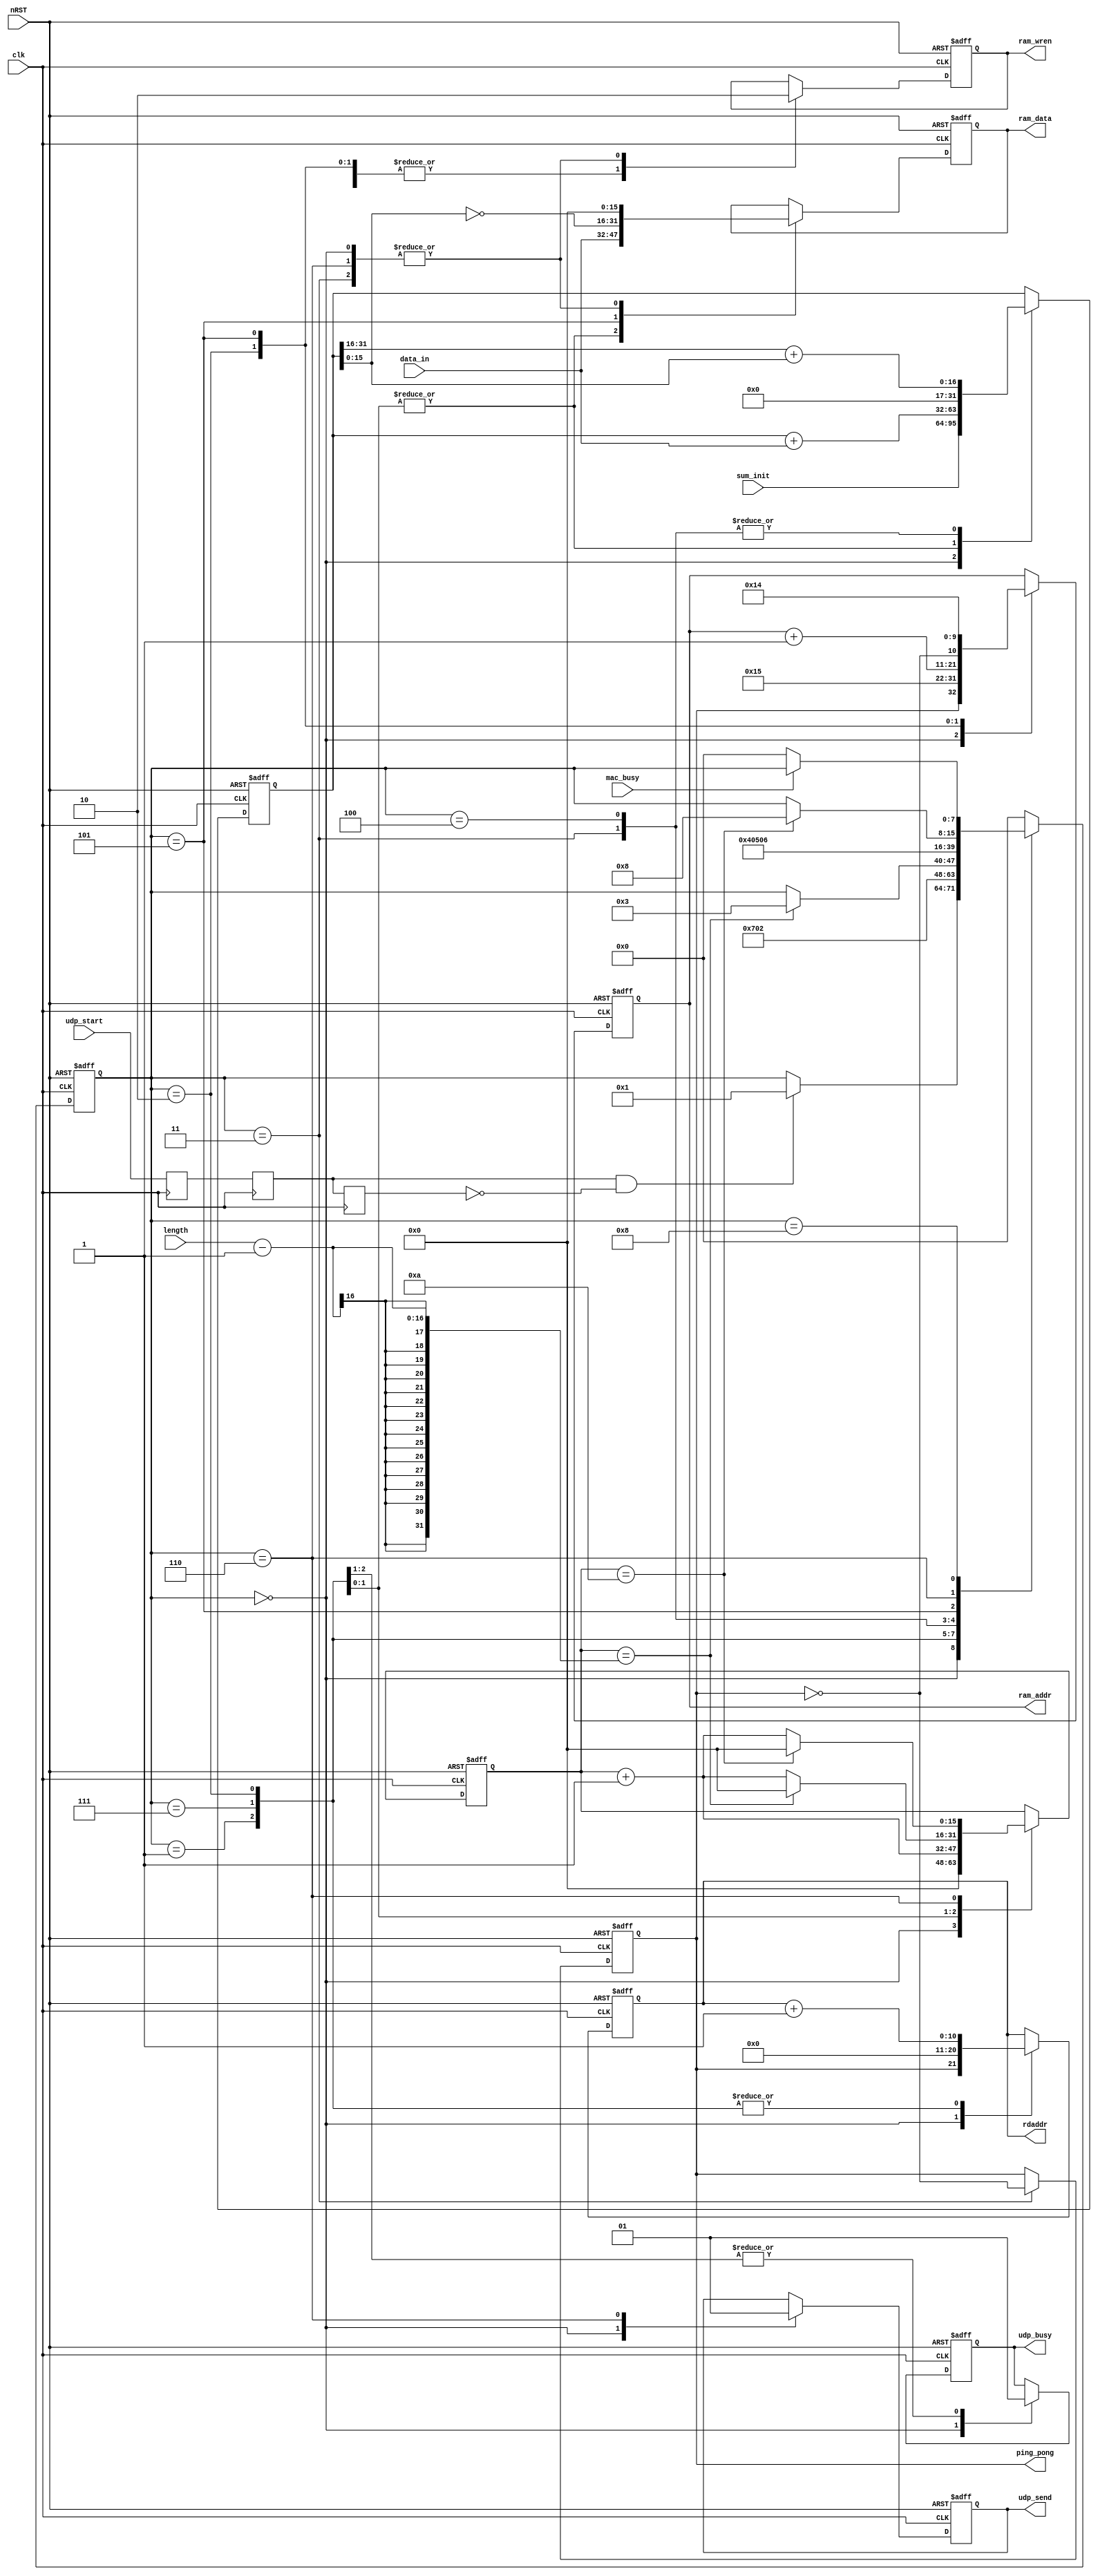
module udp_packet(
	input clk,//----------------
	input nRST,//---------------0 is active
	
	input udp_start,//------------------------------
	
	input [15:0] length,//--------------------------NIOS
	input [31:0] sum_init,//------------------------sumNIOS

	input [15:0] data_in,//-------------------------ram data_in
	output reg [10:0] rdaddr,//---------------------ram rdaddr
	
	output reg [15:0] ram_data,//-------------------ram_data
	output reg [10:0] ram_addr,//-------------------ram_addr
	output reg ram_wren,//--------------------------ram_wren
	
	output reg ping_pong,//-------------------------ping_pongram_addr
	output reg udp_busy,//-------------------------------udp1busy
	
	input mac_busy,
	output reg udp_send//-------------------------MAC
	);

//===================================
//
//===================================
reg [7:0] state;
reg [15:0] count;//---------------------------------
reg udp_start0,udp_start1,udp_start2;//------------------------udp_start
reg [31:0] sum;//-----------------------------------UDP

//=====================================================================================
//=====================================================================================
//	
//=====================================================================================	
parameter   idle = 8'd0,wait_send = 8'd1,wait_send_1 = 8'd7,start_send = 8'd2,
			wait_end = 8'd3,wait_end_2 = 8'd4,write_sum = 8'd5,send_end = 8'd6,send_wait = 8'd8;
//=====================================================================================	
always @(posedge clk)
begin
	udp_start0 <= udp_start;
	udp_start1 <= udp_start0;
	udp_start2 <= udp_start1;
end	
//=====================================================================================
//	
//=====================================================================================	
always @(posedge clk or negedge nRST)
begin
	if(!nRST)
		begin
			rdaddr <= 11'd0;
			ram_data <= 16'd0;
			ram_addr <= 11'd0;
			ram_wren <= 1'b0;
			ping_pong <= 1'b0;
			udp_busy <= 1'b0;
			udp_send <= 1'b0;
			count <= 16'd0;
			sum <= 32'd0;
			state <= idle;
		end	
	else
		case(state)
		idle:
			begin
				rdaddr <= {ping_pong,10'd0};
				ram_addr <= {ping_pong,10'd21};//----42
				ram_data <= 16'd0;
				ram_wren <= 1'b0;
				udp_busy <= 1'b0;
				udp_send <= 1'b0;
				count <= 16'd0;
				sum <= sum_init;
				if(udp_start1 & !udp_start2)
					state <= wait_send;
			end	
		wait_send:
			begin
				udp_busy <= 1'b1;
				rdaddr <= rdaddr + 1'b1;
				state <= wait_send_1;
			end	
		wait_send_1:
			begin
				udp_busy <= 1'b1;
				ram_data <= data_in;
				ram_wren <= 1'b1;
				sum <= sum + data_in;
				rdaddr <= rdaddr + 1'b1;
				count <= count + 1'b1;
				state <= start_send;
			end	
		start_send://--------------------------------------------------------FIFOlengthRAM_POST
			begin
				rdaddr <= rdaddr + 1'b1;
				ram_addr <= ram_addr + 1'b1;
				ram_data <= data_in;
				ram_wren <= 1'b1;
				sum <= sum + data_in;
				if(count == length-1)
					begin
						count <= 16'd0;
						state <= wait_end;
					end	
				else	
					count <= count + 1'b1;
			end
		wait_end:
			begin
				ram_data <= 16'd0;
				ram_wren <= 1'b0;
				ping_pong <= ~ping_pong;//----ping_pong
				sum <= {16'd0,sum[31:16]} + {16'd0,sum[15:0]};
				state <= wait_end_2;
			end
		wait_end_2:
			begin
				sum <= {16'd0,sum[31:16]} + {16'd0,sum[15:0]};
				state <= write_sum;
			end	
		write_sum:
			begin
				ram_addr <= {~ping_pong,10'd20};//----40
				ram_data <= ~sum[15:0];
				ram_wren <= 1'b1;
				state <= send_end;
			end		
		send_end:
			begin
				ram_data <= 16'd0;
				ram_wren <= 1'b0;
				udp_send <= 1'b1;
				if(count == 16'd10)
				begin
					count <= 16'd0;
					state <= send_wait;
				end	
				else
					count <= count + 1'b1;
			end	
		send_wait:
			begin
				if(mac_busy == 1'b0)
					state <= idle;
			end	
		default:
				state <= idle;
		endcase	
end		
//=====================================================================================		
endmodule